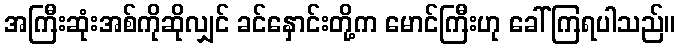
အကြီးဆုံးအစ်ကိုဆိုလျှင် ခင်နှောင်းတို့က မောင်ကြီးဟု ခေါ်ကြရပါသည်။